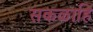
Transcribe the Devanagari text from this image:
सकळाहि